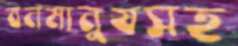
বনমানুষসহ